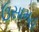
ઉસામહ